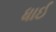
ધાઈ